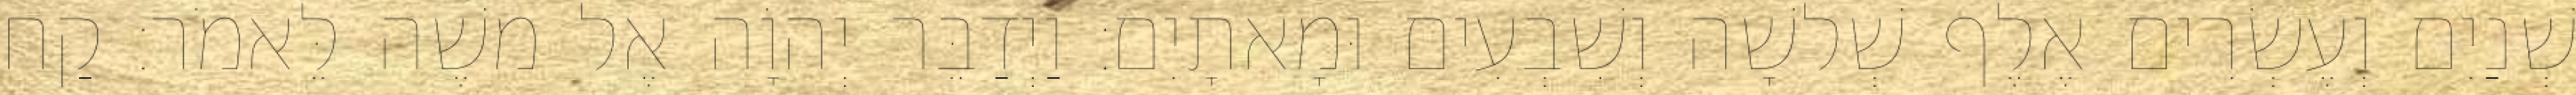
שְׁנַיִם וְעֶשְׂרִים אֶלֶף שְׁלשָׁה וְשִׁבְעִים וּמָאתָיִם׃ וַיְדַבֵּר יְהוָֹה אֶל משֶׁה לֵּאמֹר׃ קַח